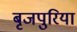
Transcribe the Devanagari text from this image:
बृजपुरिया